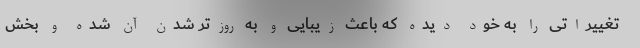
تغییراتی را به خود دیده که باعث زیبایی و به روزتر شدن آن شده و بخش